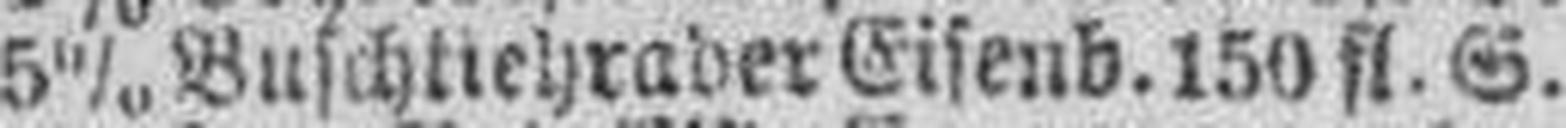
5% Buschtiehrader Eisenb. 150 fl. S.